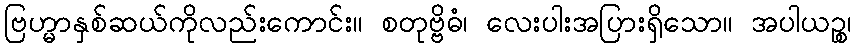
ဗြဟ္မာနှစ်ဆယ်ကိုလည်းကောင်း။ စတုဗ္ဗိဓံ၊ လေးပါးအပြားရှိသော။ အပါယဉ္စ၊